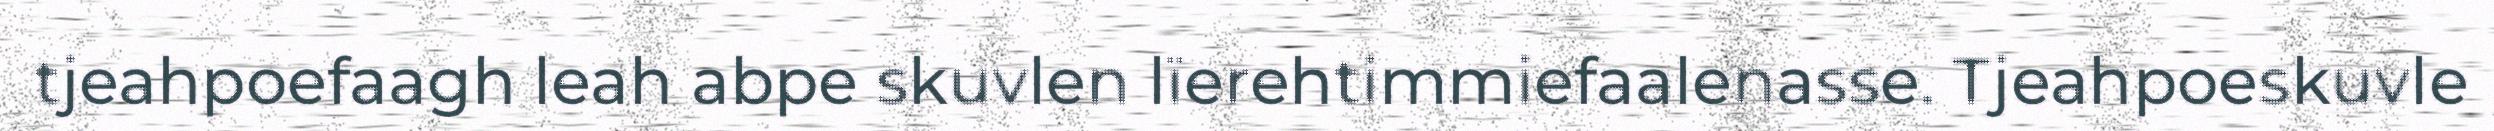
tjeahpoefaagh leah abpe skuvlen lïerehtimmiefaalenasse. Tjeahpoeskuvle